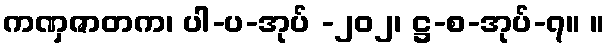
ကဏှဇာတက၊ ပါ-ပ-အုပ် -၂၀၂၊ ဋ္ဌ-စ-အုပ်-၇။ ။